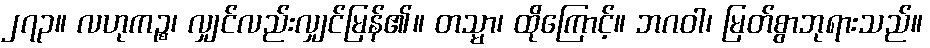
၂၇၃။ လဟုကဉ္စ၊ လျှင်လည်းလျှင်မြန်၏။ တသ္မာ၊ ထိုကြောင့်။ ဘဂဝါ၊ မြတ်စွာဘုရားသည်။